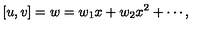
[ u , v ] = w = w _ { 1 } x + w _ { 2 } x ^ { 2 } + \cdots ,